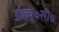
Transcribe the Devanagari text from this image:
डब्ल्यू॰सी॰